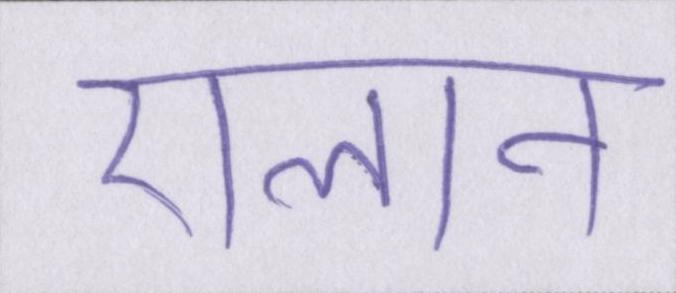
ऐलान